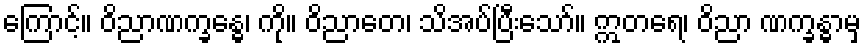
ကြောင့်။ ဝိညာဏက္ခန္ဓေ၊ ကို။ ဝိညာတေ၊ သိအပ်ပြီးသော်။ ဣတရေ၊ ဝိညာ ဏက္ခန္ဓာမှ